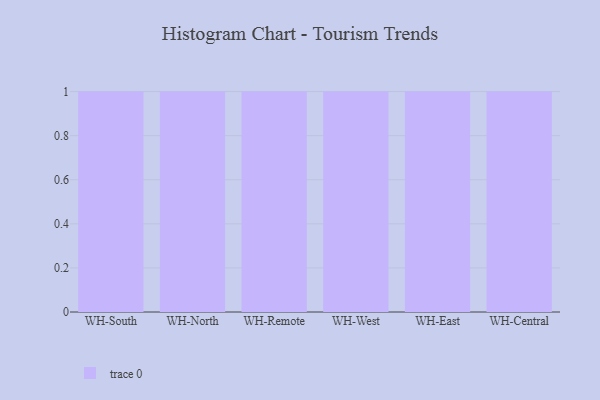
{"axis": {"x": "Warehouse", "y": "LTV (USD)"}, "legend": [""], "data": [{"x": "WH-South", "y": 59, "type": ""}, {"x": "WH-North", "y": 65, "type": ""}, {"x": "WH-Remote", "y": 23, "type": ""}, {"x": "WH-West", "y": 42, "type": ""}, {"x": "WH-East", "y": 60, "type": ""}, {"x": "WH-Central", "y": 99, "type": ""}]}